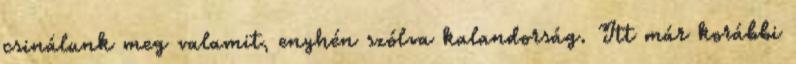
csinálunk meg valamit, enyhén szólva kalandorság. Itt már korábbi